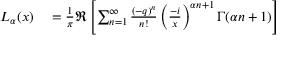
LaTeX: \begin{array} { r l } { L _ { \alpha } ( x ) } & { { } = { \frac { 1 } { \pi } } \Re \left[ \sum _ { n = 1 } ^ { \infty } { \frac { ( - q ) ^ { n } } { n ! } } \left( { \frac { - i } { x } } \right) ^ { \alpha n + 1 } \Gamma ( \alpha n + 1 ) \right] } \end{array}